Vital statistics of India. Vol. VI, European troops 1870-79
Year: 1870
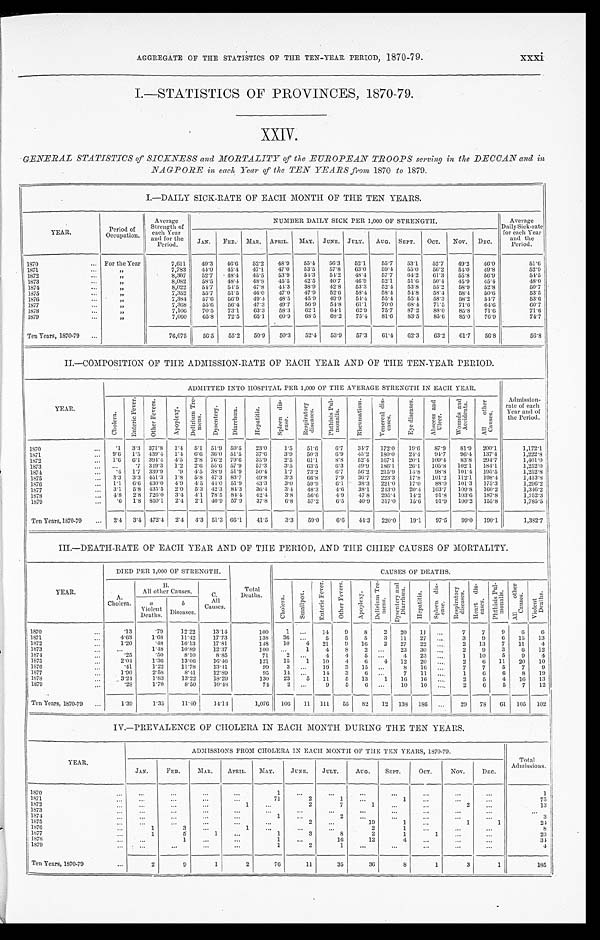
xxxi
AGGREGATE OF THE STATISTICS OF THE TEN-YEAR PERIOD, 1870-79.
I.—STATISTICS OF PROVINCES, 1870-79.
XXIV.
GENERAL STATISTICS of SICK-NESS and MORTALITY of the EUROPEAN TROOPS serving in the DECCAN and in
NAGPORE in each Year of the TEN YEARS from, 1570 to 1879.
I.—DAILY SICK-RATE OF EACH MONTH OF THE TEN YEARS.
YEAR.
Period of
-Occupation.
Average
Strength of
each Year
and for the
Period.
NUMBER DAILY SICK PER 1,000 OF STRENGTH.
Average
Daily Sick-rate
for each Year
and the
Period.
JAN.
FEB.
MAR.
APRIL.
MAY. JUNE. JULY.
AUG.
SEPT.
OCT.
NOV.
DEC.
1870 . . .
For the Year
7,611
49.3
46.6
52.2
48.9
55.4
56.3
52.1
55.7
53.1
52.7
49.2
46.0
51.6
1871 . . .
"
7,783
44.0
45.4
47.1
47.0
53.5
57.8
63.0
59.4
55.0
56.2
54.0
49.8
52.9
1872 . . .
"
8,307
52.7
48.4
45.5
53.9
54.3
54.2
48.4
57.7
64.2
61.3
55.8
56.9
54.5
1873 . . .
"
8,082
58.5
48.4
48.8
45.5
42.5
40.7
46.9
52.1
51.6
50.4
45.9
4.5.4
48.0
1874 . . .
"
8,022
54.7
54.5
47.8
44.3
38.9
42.8
53.3
52.4
53.8
55.2
58.9
52.8
50.7
1875 . . .
"
7,352
55.7
51.5
46.0
47.0
47.19
52.6
58.4
58.4
54.8
58.4
58.4
50.6
53.5
1876 . . .
"
7,384
57.6
56.9
49.4
48.5
45.9
49.9
54.4
55.4
55.4
58.3
58.2
54.7
53.6
1877 . . .
"
7,368
55.6
56.4
47.3
49.7
56.9
54.8
61.1
70.0
68.4
71.5
71.6
6 4 . 6
60.7
1878 . . .
"
7,106
70.5
73.1
63.3
58.3
62.1
64.1
62.9
75.7
87.2
88.0
85.8
71.6
71.6
1879 . . .
"
7,060
65.8
72.5
65.1
60.9
68.5
68.2
75.44
81.6
83.5
85.6
85.0
76.0
74.7
Ten Years, 1870-79 . . .
76,075
56.5
55.2
50.9
50.3
52.4
53.9
57.3
61.4
62.3
63.2
61.7
56.8
56.8
II—COMPOSITION OF THE ADMISSION-RATE OF EACH YEAR AND OF THE TEN-YEAR PERIOD.
YEAR.
ADMITTED INTO HOSPITAL PER 1,000 OF THE AVERAGE STRENGTH IN EACH YEAR.
Admission-
rate of each
Year and of
the Period.
Chol er a.
E n t e r i c F e v e r .
Ot h e r Fe v e r s .
A p o p l e x y .
D e l i r i u m T r e - m e a n s .
D y s e n t e r y .
Di a r r hœa .
He pa t i t i s .
S p l e e n d i s - e a s e .
R e s p i r a t o r y
d i s e a s e s .
P h t h i s i s P u l -
monal s.
R h e u m a t i s m .
V e n e r e a l d i s - c a s e s .
E y e d i s e a s e s .
A b s e e s s a n d U l c e r .
Wo u n d s a n d
Acci den
Al l ot her
Causes.
1870 . . .
.1
3.3 371.8
1.4 5.1 51.9 59.5
23.0
1.5
51.6
6.7
34.7
172.0
19.6
87.9
81.9 200.1
1,172.1
1871 . . .
9.6 1.5 439.4
1.4 6.6 36.0 51.5
37.6
3.9
50.3
6.9
45.2 180.0
24.4 94.7
96.4 137.4
1,222.8 1
1872 . . .
1.6 6.1 394.4 4.5
2.8 76.2 79.6
35.9
2.5
61.1
8.8
52.44 167.1
20.1
109.4
83.8 294.7
1,401.0
1873 . . .
. . .
.7 349.3
1.2 2.6 55.6 57.9
57.3
3.5
63.5
6.3
49.9
180.1
26.1
105.8
102.1
184.1
1,252.0
1874 . . .
.4 1.7 339.9 .9 4.5 38.9 51.9
50.4
1.7
73.2
6.7
56.2 215.9
14.8
98.8
101.4 105.5
3,252.8
1875 . . .
3.3 3.3 451.3
1.8
5.8 47.3 83.7
49.8
3.3
6 6 . 8
7.9
36.7
223.3
17.8
101.2 112.1
198.4
1,413.8
1876 . . .
1.1 6.6 430.0 4.9 4.5 44.0 51.9
43.3
3.0
59.9
6.1
38.3
221.0
17.0
88.0 101.3
175.3
1,296.2
1877 . . .
3.1
5.8 435.5 2.0 5.3 42.3 84.3
36.4
3.4
48.3
4.6
38.1
213.0
20.4 103.7
109.8
160.2
1,346.2
1878 . . .
4.8 2.8 726.0
3.4 4.1 78.5 84.4
42.4
3.8
56.6
4.9
47.8
295.4
14.2
91.8
103.6 187.8
1,752.3
1879 . . .
. 6 1.8 850.1
2.4 2.1
4 0 . 9 57.9
37.8
6.8
57.2
6.5
40.9 317.0
15.6
91.9 100.2 155.8
1,785.5
Ten Years, 1870-79 . . .
2.4 3.4 472.4 2.4 4.3 51.3 66.1
41.5
3.3
59.0
6.6
44.3
220.0
19.1
97.5
99.0 190.1
1,332.7
III.—DEATH-RATE OF EACH YEAR AND OF THE PERIOD, AND THE CHIEF CAUSES OF MORTALITY.
YEAR.
DIED PER 1,000 OF STRENGTH.
Total
Deaths.
CAUSES OP DEATHS.
A.
C.
c h o l e r a .
S m a l l p o x .
E n t e r i c F e v e r .
O t h e r F e v e r s .
A p o p l e x y .
D e l i r i u m T r e - m e n s .
D y s e n t e r y a n d D i a r r h œ a .
H e p a t i t i s .
S p l e e n d i s - e a s e .
R e s p i r a t o r y d i s e a s e s .
H e a r t d i s - e a s e s .
P h t h i s i s P u l - m o n a l s .
Al l o t h e r Ca u s e s .
V i o l e n t D e a t h s .
B
All other Causes.
a
b
All
Causes.
Cholera.
Violent
Deaths. Diseases.
1870 . . .
.13
.79
12.22
13.14
100
1
. . .
14
9
8
2
20
11
. . .
7
7
9
6
6
1871 . . .
4.63
1.68
11.4 2
17.73
138
30
. . .
5
5
5
3
11
27
. . .
3
9
6
15
13
1872 . . .
1.20
.48
16.13
17.81
1 4 8
10
4
21
9
16
2
27
22
. . .
2
13
7
11
4
1873 . . .
. . .
1.48
10.89
12.37
100
. . .
1
4
8
2
. . . 23
30
. . .
2
9
3
6
12
1874 . . .
.25
.50
8.10
8.85
71
2
. . .
4
4
5
. . .
4
23
. . .
1
10
5
9
4
1875 . . .
2.04
1.36
13.06
16.46
121
15
1
10
4
6
4
12
20
. . .
2
6
11
20
10
1876 . . .
.41
122
11.78
13.41
99
3
. . .
19
3
15
. . .
8
16
. . .
7
7
5
7
9
1877 . . .
1.90
2.58
8.41
12.89
95
11
. . .
14
3
6
. . .
7
11
. . .
1
6
6
8
19
1878 . . .
3.24
1.83
13.22
18.29
130
23
5
11
5
13
1
16
16
. . .
2
5
4
16
13
1879 . . .
.28
1.70
8.50
10.48
74
2
. . .
9
5
6
. . .
10
10
. . .
2
6
5
7
12
Ten Years, 1870-79 . . .
1.39
1.35
11.40
14.14
1,076
106
11
111
55
82
12
138
186
. . .
29
78
61
105
102
IV.—PREVALENCE OF CHOLERA IN EACH MONTH DURING THE TEN YEARS.
YEAR.
ADMSSIONS FROM CHOLERA IN EACH MONTH OF THE TEN YEARS, 1870-79.
Total Admissions.
JAN.
FEB.
MAR.
APRIL.
MAY.
JUNE.
JULY.
AUG.
SEPT.
OCT.
NOV.
DEC.
1870 . . .
. . .
. . .
. . .
. . .
1
. . .
. . .
. . .
. . .
. . .
. . .
. . .
1
1871 . . .
. . .
. . .
. . .
. . .
7 1
2
1
. . .
1
. . .
. . .
. . .
75
1872 . . .
. . .
. . .
. . .
1
. . .
2
7
1
. . .
. . .
2
. . .
13
1873 . . .
. . .
. . .
. . .
. . .
. . .
. . .
. . .
. . .
. . .
. . .
. . .
. . .
. . .
1874 . . .
. . .
. . .
. . .
. . .
1
. . .
2
. . .
. . .
. . .
. . .
. . .
3
1875 . . .
. . .
. . .
. . .
. . .
. . .
2
. . .
19
1
. . .
1
1
24
1876 . . .
1
3
. . .
1
. . .
. . .
. . .
2
1
. . .
. . .
. . .
8
1877 . . .
1
5
1
. . .
1
3
8
2
1
1
. . .
. . .
23
1878 . . .
. . .
1
. . .
. . .
1
. . .
16
12
4
. . .
. . .
. . .
34
1879 . . .
. . .
. . .
. . .
. . .
1
2
1
. . .
. . .
. . .
. . .
. . .
4
Ten Years, 1870-79 . . .
2
9
1
2
76
11
35
36
8
1
3
1
185